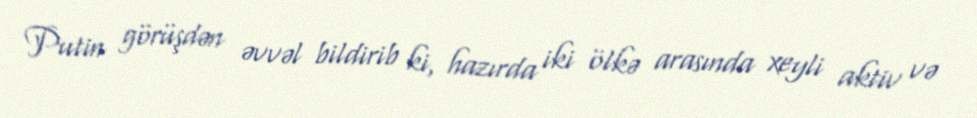
Putin görüşdən əvvəl bildirib ki, hazırda iki ölkə arasında xeyli aktiv və